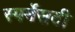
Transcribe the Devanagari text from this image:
स्पर्मेसटी